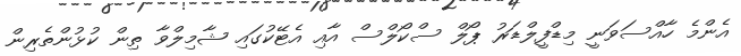
އެންމެ ހާއްސަވަނީ މިޑްފީލްޑަރު ޕޯލް ސްކޯލްސް އާއި އެޓޭކުގައި ޝާމިލްވާ ތިން ކުޅުންތެރިން